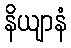
နိယျာနံ